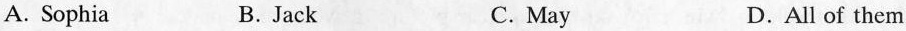
A. Sophia B.Jack C.May D.All of them